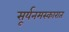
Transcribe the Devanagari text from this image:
सूर्यनमस्कारात